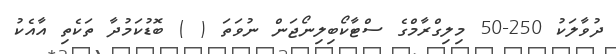
ދުވާލަކު 250-50 މިލިގްރާމްގެ ސްޓާކޯބިލިނޯޖަން ނުވަތަ ( ) ބޮޑުކަމުދާ ތަކެތި އާއެކު